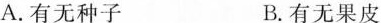
A.有无种子 B.有无果皮